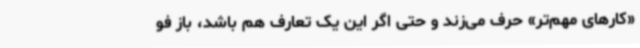
«کارهای مهم‌تر» حرف می‌زند و حتی اگر این یک تعارف هم باشد، باز فو